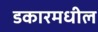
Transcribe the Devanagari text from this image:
डकारमधील